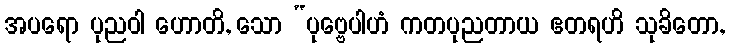
အပရော ပုညဝါ ဟောတိ, သော “ပုဗ္ဗေပါဟံ ကတပုညတာယ ဧတရဟိ သုခိတော,